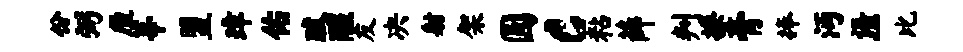
份弼厘莘盟璋佑跋醒友决射架圆c粘薛判撩膏捧沔语-比